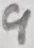
Text: 9